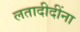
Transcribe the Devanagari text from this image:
लतादीदींना